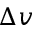
\Delta v